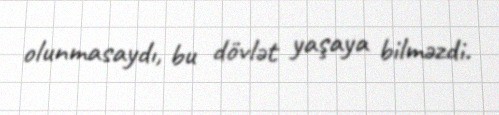
olunmasaydı, bu dövlət yaşaya bilməzdi.